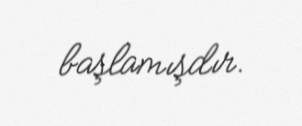
başlamışdır.